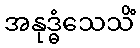
အနုဒ္ဓံသေသိံ